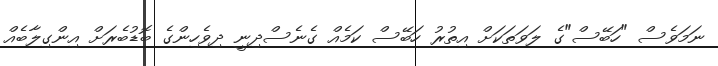
ނަމަވެސް "ހަބޭސް"ގެ ލަވަތަކަށް އިތުރު ހަބޭސް ކަމެއް ގެނެސްދިނީ ދިވެހިންގެ ބޮޑުބެރަށް އިންގިލާބެއް